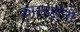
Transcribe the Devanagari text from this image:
कासारांनीं